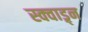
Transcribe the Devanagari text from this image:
स्क्वाड्र्न